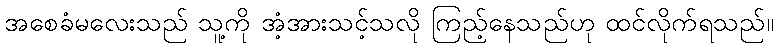
အစေခံမလေးသည် သူ့ကို အံ့အားသင့်သလို ကြည့်နေသည်ဟု ထင်လိုက်ရသည်။